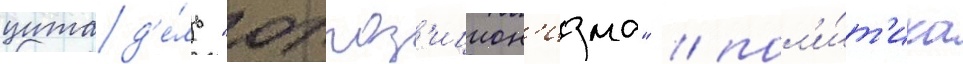
цитад'е́ль "оппоз'ицион'изма" / пол'и́т'ика